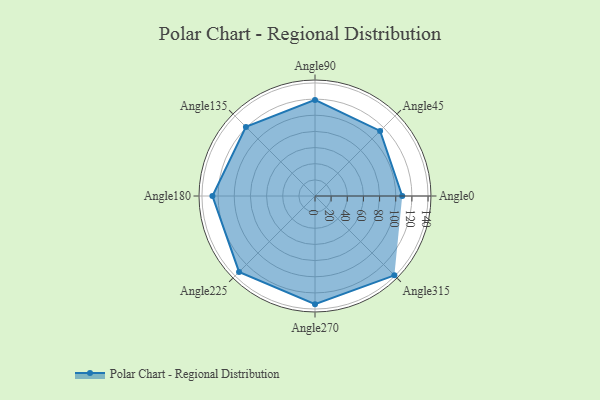
{"axis": {"x": "Angle", "y": "Radius"}, "legend": [""], "data": [{"x": "Angle0", "y": 108.0, "type": ""}, {"x": "Angle45", "y": 114.0, "type": ""}, {"x": "Angle90", "y": 119.0, "type": ""}, {"x": "Angle135", "y": 121.0, "type": ""}, {"x": "Angle180", "y": 127.0, "type": ""}, {"x": "Angle225", "y": 133.0, "type": ""}, {"x": "Angle270", "y": 134.0, "type": ""}, {"x": "Angle315", "y": 139.0, "type": ""}]}